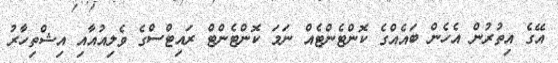
އޭގެ އިތުރުން އެހެން ބައެއްގެ ކޮންޓެންޓެއް ނަމަ ކޮންޓެންޓް ރައިޓްސްގެ ވެލިއުއާއި އިޝްތިހާރު